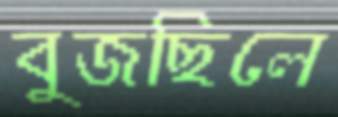
বুজছিলে